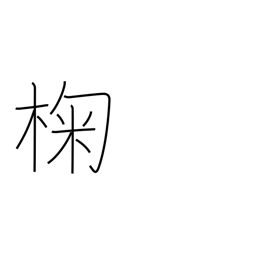
Meaning: oak